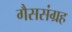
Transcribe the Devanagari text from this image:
गैससंग्रह